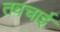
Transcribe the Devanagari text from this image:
तवचाई